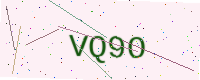
Text: VQ9O